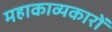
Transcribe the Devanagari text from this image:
महाकाव्यकारों